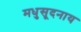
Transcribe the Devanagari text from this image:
मधुसूदनाय